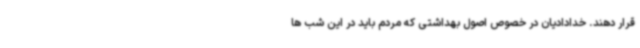
قرار دهند. خدادادیان در خصوص اصول بهداشتی که مردم باید در این شب ها